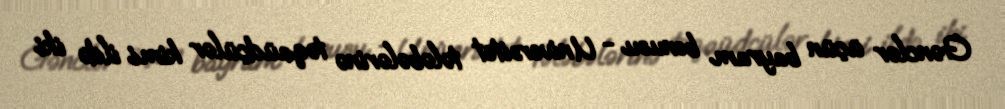
Gənclər üçün bayram bonusu - Universitet tələbələrinə təqaüdçülər kimi ildə iki